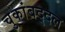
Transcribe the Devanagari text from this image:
चुकांबद्दल